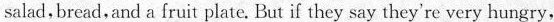
salad,bread,and a fruit plate. But if they say they're very hungry,